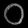
Digit: ၀